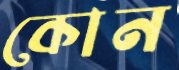
কোন